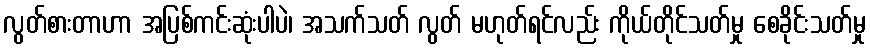
လွတ်စားတာဟာ အပြစ်ကင်းဆုံးပါပဲ၊ အသက်သတ် လွတ် မဟုတ်ရင်လည်း ကိုယ်တိုင်သတ်မှု စေခိုင်းသတ်မှု